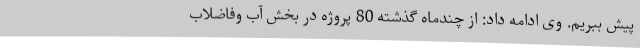
پیش ببریم. وی ادامه داد: از چندماه گذشته 80 پروژه در بخش آب وفاضلاب